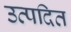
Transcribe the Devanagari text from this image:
उत्पदित